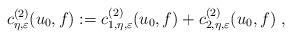
LaTeX: \begin{align*} c_{\eta,\varepsilon}^{(2)}(u_0, f) := c_{1,\eta,\varepsilon}^{(2)}(u_0, f) + c_{2,\eta,\varepsilon}^{(2)}(u_0, f) \; ,\end{align*}